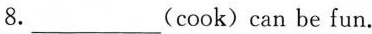
8. ___ (cook)can be fun.